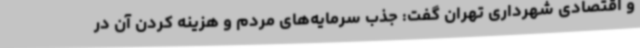
و اقتصادی شهرداری تهران گفت: جذب سرمایه‌های مردم و هزینه کردن آن در